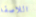
اللاصقة